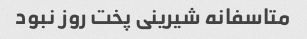
متاسفانه شیرینی پخت روز نبود